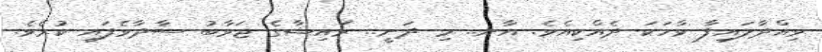
ވިއްދާލައިފާ ވާހަކަ ދެއްކިއެވެ. އާނ.. މި ދަނީ.. ރައިޝާގެ ޖަވާބު ސާދާވެފައި ކުރެވެ.